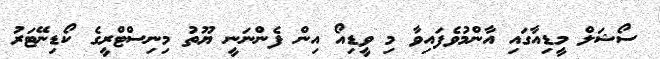
ސޯޝަލް މީޑިއާގައި އާންމުވެފައިވާ މި ވީޑިއޯ އިން ފެންނަނީ ޔޫތު މިނިސްޓްރީގެ ކޯޑިނޭޓަރު